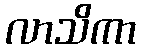
လာသိကာ